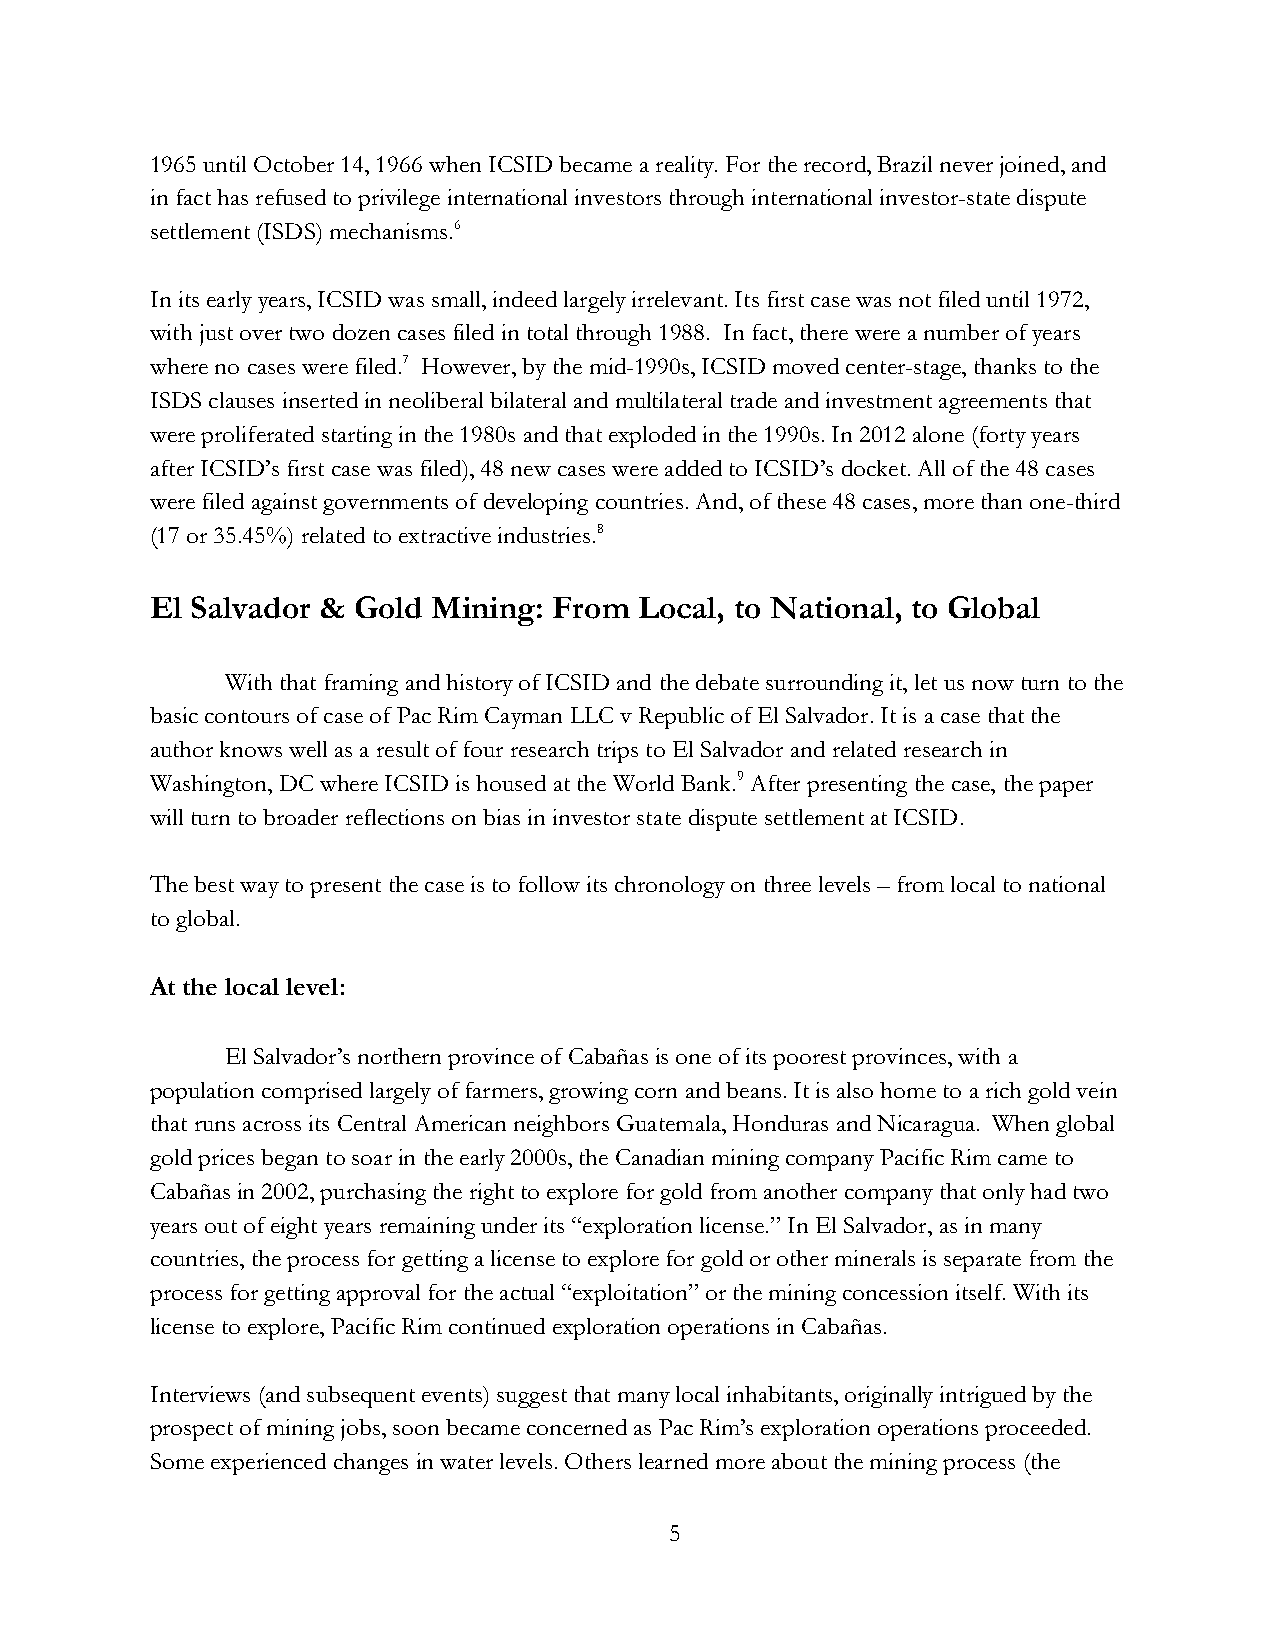
1965 until October 14, 1966 when ICSID became a reality. For the record, Brazil never joined, and
 in fact has refused to privilege international investors through international investor-state dispute
 settlement (ISDS) mechanisms.6
 In its early years, ICSID was small, indeed largely irrelevant. Its first case was not filed until 1972,
 with just over two dozen cases filed in total through 1988. In fact, there were a number of years
 where no cases were filed.7 However, by the mid-1990s, ICSID moved center-stage, thanks to the
 ISDS clauses inserted in neoliberal bilateral and multilateral trade and investment agreements that
 were proliferated starting in the 1980s and that exploded in the 1990s. In 2012 alone (forty years
 after ICSID’s first case was filed), 48 new cases were added to ICSID’s docket. All of the 48 cases
 were filed against governments of developing countries. And, of these 48 cases, more than one-third
 (17 or 35.45%) related to extractive industries.8
 El Salvador & Gold Mining: From Local, to National, to Global
 With that framing and history of ICSID and the debate surrounding it, let us now turn to the
 basic contours of case of Pac Rim Cayman LLC v Republic of El Salvador. It is a case that the
 author knows well as a result of four research trips to El Salvador and related research in
 Washington, DC where ICSID is housed at the World Bank.9 After presenting the case, the paper
 will turn to broader reflections on bias in investor state dispute settlement at ICSID.
 The best way to present the case is to follow its chronology on three levels – from local to national
 to global.
 At the local level:
 El Salvador’s northern province of Cabañas is one of its poorest provinces, with a
 population comprised largely of farmers, growing corn and beans. It is also home to a rich gold vein
 that runs across its Central American neighbors Guatemala, Honduras and Nicaragua. When global
 gold prices began to soar in the early 2000s, the Canadian mining company Pacific Rim came to
 Cabañas in 2002, purchasing the right to explore for gold from another company that only had two
 years out of eight years remaining under its “exploration license.” In El Salvador, as in many
 countries, the process for getting a license to explore for gold or other minerals is separate from the
 process for getting approval for the actual “exploitation” or the mining concession itself. With its
 license to explore, Pacific Rim continued exploration operations in Cabañas.
 Interviews (and subsequent events) suggest that many local inhabitants, originally intrigued by the
 prospect of mining jobs, soon became concerned as Pac Rim’s exploration operations proceeded.
 Some experienced changes in water levels. Others learned more about the mining process (the
 5